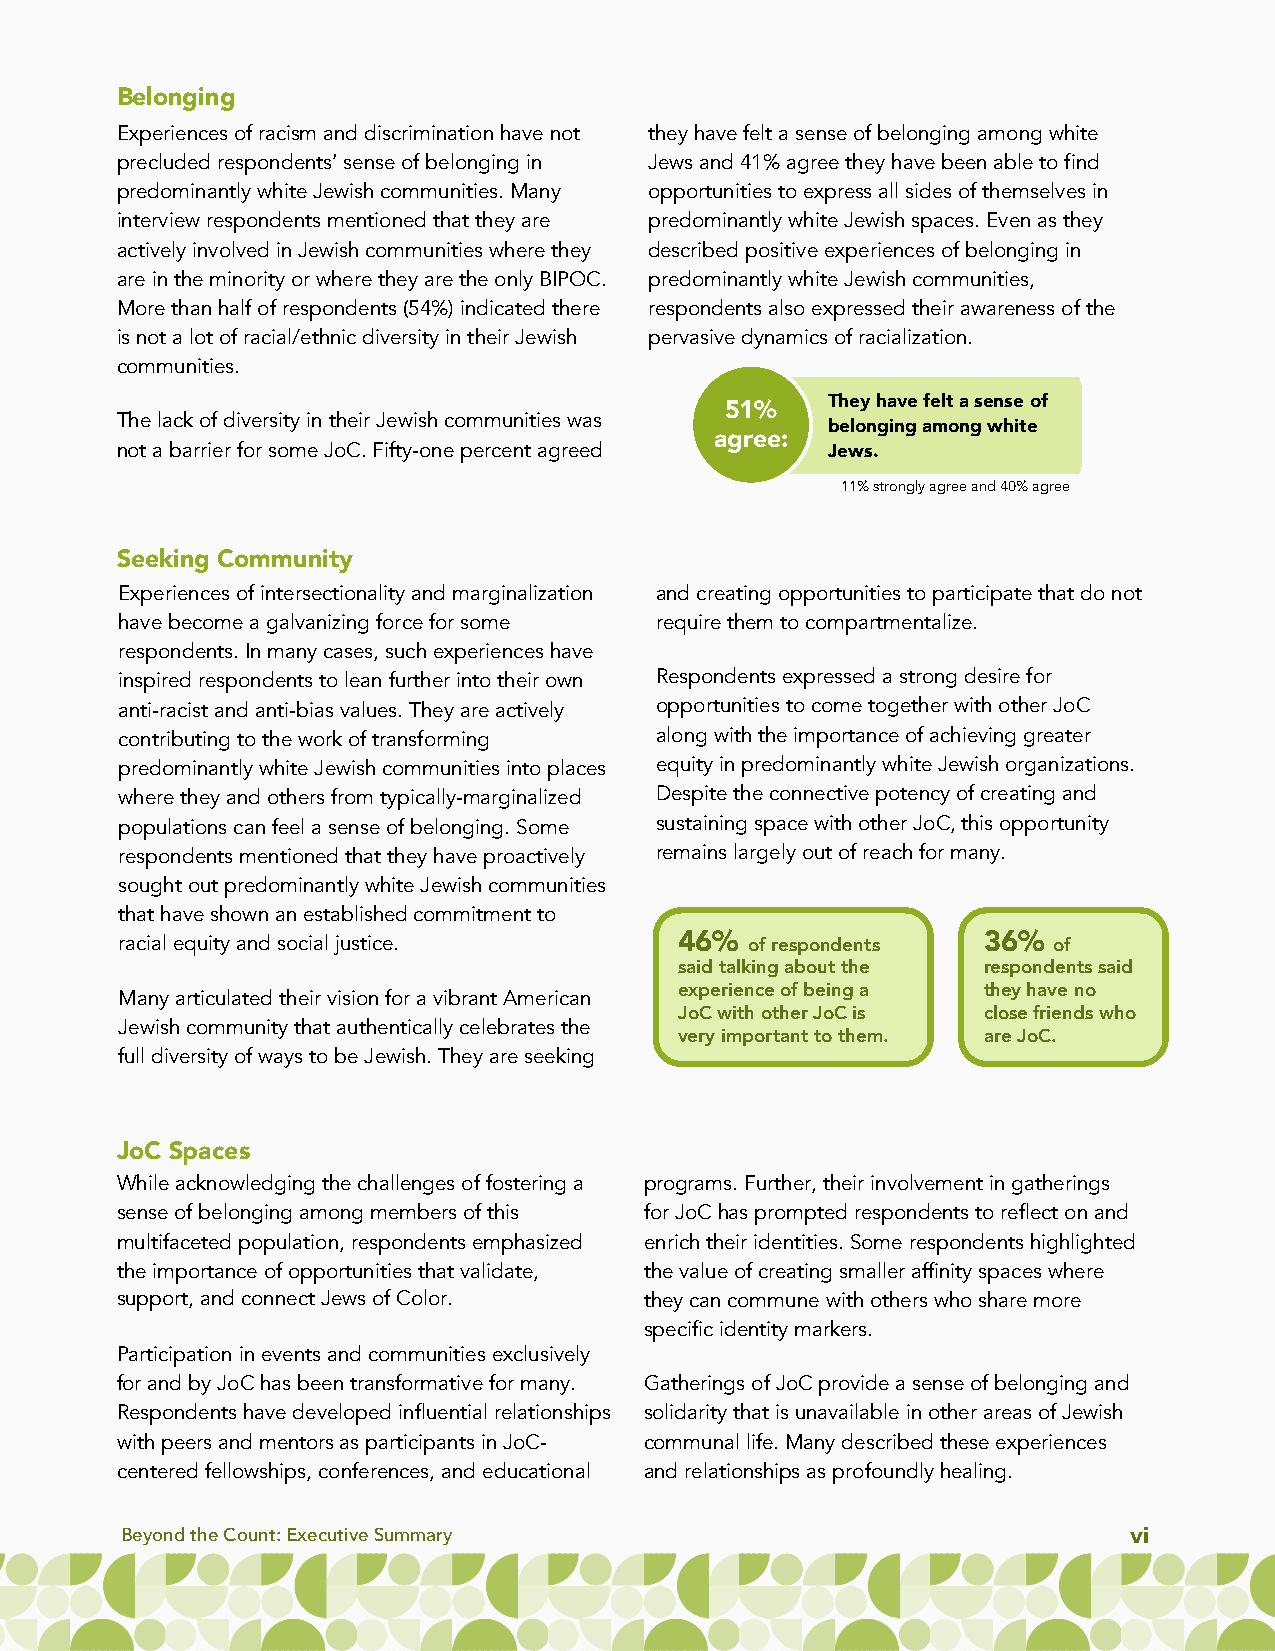
Belonging
 Experiences of racism and discrimination have not they have felt a sense of belonging among white
 precluded respondents’ sense of belonging in Jews and 41% agree they have been able to find
 predominantly white Jewish communities. Many opportunities to express all sides of themselves in
 interview respondents mentioned that they are predominantly white Jewish spaces. Even as they
 actively involved in Jewish communities where they described positive experiences of belonging in
 are in the minority or where they are the only BIPOC. predominantly white Jewish communities,
 More than half of respondents (54%) indicated there respondents also expressed their awareness of the
 is not a lot of racial/ethnic diversity in their Jewish pervasive dynamics of racialization.
 communities.
 They have felt a sense of
 51%
 The lack of diversity in their Jewish communities was
 belonging among white
 agree:
 not a barrier for some JoC. Fifty-one percent agreed Jews.
 11% strongly agree and 40% agree
 Seeking Community
 Experiences of intersectionality and marginalization and creating opportunities to participate that do not
 have become a galvanizing force for some require them to compartmentalize.
 respondents. In many cases, such experiences have
 inspired respondents to lean further into their own Respondents expressed a strong desire for
 anti-racist and anti-bias values. They are actively opportunities to come together with other JoC
 contributing to the work of transforming along with the importance of achieving greater
 predominantly white Jewish communities into places equity in predominantly white Jewish organizations.
 where they and others from typically-marginalized Despite the connective potency of creating and
 populations can feel a sense of belonging. Some sustaining space with other JoC, this opportunity
 respondents mentioned that they have proactively remains largely out of reach for many.
 sought out predominantly white Jewish communities
 that have shown an established commitment to
 racial equity and social justice.    46%  of respondents 36%  of
 said talking about the respondents said
 experience of being a they have no
 Many articulated their vision for a vibrant American
 JoCwith other JoCis close friends who
 Jewish community that authentically celebrates the
 very important to them. are JoC.
 full diversity of ways to be Jewish. They are seeking
 JoC Spaces
 While acknowledging the challenges of fostering a programs. Further, their involvement in gatherings
 sense of belonging among members of this for JoChas prompted respondents to reflect on and
 multifaceted population, respondents emphasized enrich their identities. Some respondents highlighted
 the importance of opportunities that validate, the value of creating smaller affinity spaces where
 support, and connect Jews of Color. they can commune with others who share more
 specific identity markers.
 Participation in events and communities exclusively
 for and by JoChas been transformative for many. Gatherings of JoCprovide a sense of belonging and
 Respondents have developed influential relationships solidarity that is unavailable in other areas of Jewish
 with peers and mentors as participants in JoC- communal life. Many described these experiences
 centered fellowships, conferences, and educational and relationships as profoundly healing.
 Beyond the Count: Executive Summary                                vi